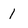
Character: 1